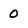
Character: 0